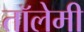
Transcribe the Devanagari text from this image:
तॉलेमी